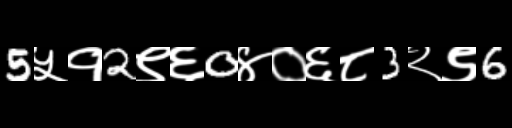
Text: 5५१2९६0४०६८3२९6